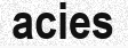
acies